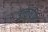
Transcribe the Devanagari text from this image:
उत्कर्षण